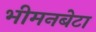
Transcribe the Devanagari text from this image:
भीमनबेटा